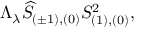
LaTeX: \Lambda _ { \lambda } \widehat { S } _ { ( \pm 1 ) , ( 0 ) } S _ { ( 1 ) , ( 0 ) } ^ { 2 } ,